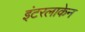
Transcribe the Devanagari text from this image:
इंटरलाकेन